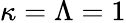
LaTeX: \kappa=\Lambda=1